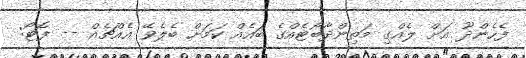
ފެހެންދޫ އަށް ލެއްގި މަތިންދާބޯޓެއްގެ ބައެއް ކަމަށް ބެލެވޭ އެއްޗެއް -- ފޮޓޯ: